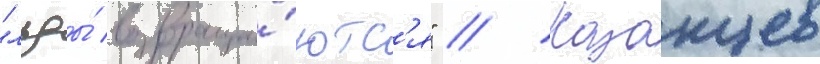
"льды́ возвраща́ютс'я" // Казанцев